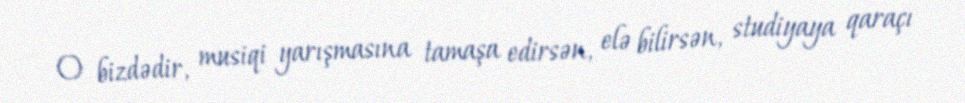
O bizdədir, musiqi yarışmasına tamaşa edirsən, elə bilirsən, studiyaya qaraçı